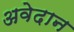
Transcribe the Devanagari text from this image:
अवेदान